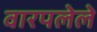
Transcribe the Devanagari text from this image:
वारपलेले